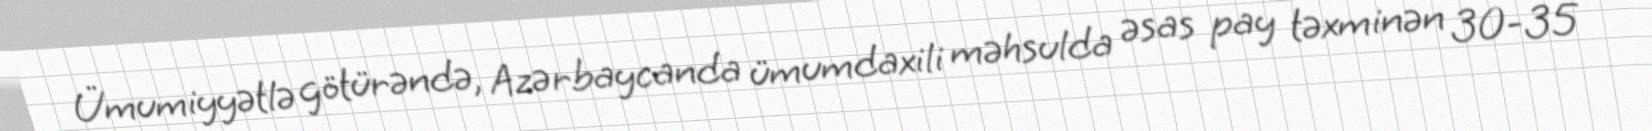
Ümumiyyətlə götürəndə, Azərbaycanda ümumdaxili məhsulda əsas pay təxminən 30-35